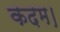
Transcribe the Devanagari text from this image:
कदम।